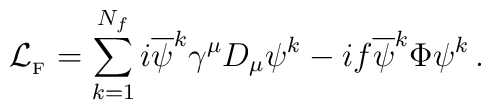
{\cal L}_{_{{\rm F}}} = \sum_{k=1}^{N_{f}} i {\overline \psi}^{k}	\gamma^{\mu}D_{\mu}\psi^{k}-if{\overline \psi}^{k}\Phi\psi^{k} \, .